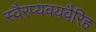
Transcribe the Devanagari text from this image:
स्वैरप्यवयवैरिह